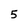
Character: 5